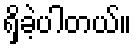
ရှိခဲ့ပါတယ်။